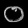
Digit: ၀